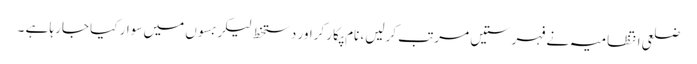
ضلعی انتظامیہ نے فہرستیں مرتب کرلیں، نام پکار کراور دستخط لیکر بسوں میں سوار کیا جارہا ہے ۔